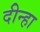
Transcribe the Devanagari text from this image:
दीन्हा